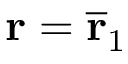
\mathbf { r } = \overline { { \mathbf { r } } } _ { 1 }